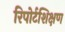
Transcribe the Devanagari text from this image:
रिपोर्टशिक्षण